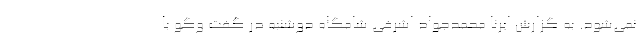
نمی‌شود. به گزارش ایرنا محمدجواد اشرفی شامگاه دوشنبه در گفت وگو با